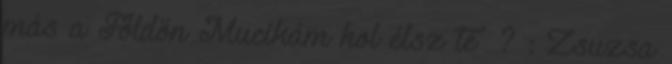
más a Földön Mucikám hol élsz te ? : Zsuzsa